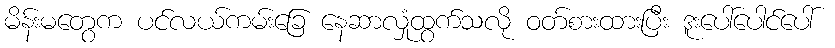
မိန်းမတွေက ပင်လယ်ကမ်းခြေ နေဆာလှုံထွက်သလို ဝတ်စားထားပြီး ဒူးပေါ်ပေါင်ပေါ်